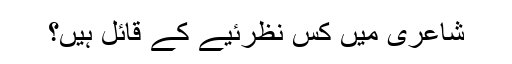
شاعری میں کس نظرئیے کے قائل ہیں؟